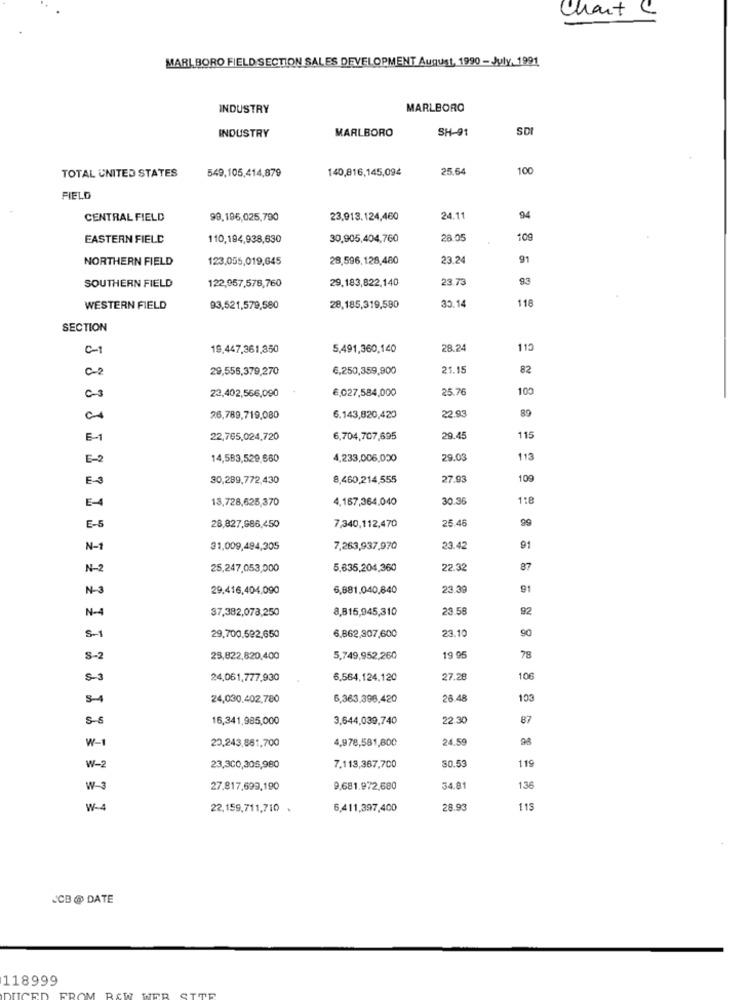
Chart
MARLBORO FIELD SECTION SALES DEVELOPMENT August, 1990 - July, 1991
INDUSTRY
MARLBORO
INDUSTRY
MARLBORO
SH-91
SDI
TOTAL UNITED STATES
140,816,145,09€
25.64
100
549,105,414,879
FIELD
CENTRAL FIELD
98.196,025,790
23,913.124,460
24.11
94
EASTERN FIELD
110,194,938,630
30,905,404,760
28.05
109
NORTHERN FIELD
123.055,019,645
28,596.128,480
23.24
91
SOUTHERN FIELD
122,957,578,760
29,183,822,140
23.73
35.14
118
WESTERN FIELD
93,521,579,580
28,185,319,580
SECTION
0-1
19,447,361,350
5,491,360,140
28.24
115
0-2
29,556,379,270
6,250,359,900
21.15
82
€,027,584,000
25.76
100
23,402,566,090
22.93
89
26,789,719,080
6.143,820,420
E-
22,765,024,720
6,704,707,695
29.45
115
E-
14,583,529,660
4,233,006,000
29.03
113
E-3
30,289,772,430
8,460,214,555
27.93
109
E-4
13,728,625,370
4,167,364,040
30.36
118
E-5
7,340,112,470
25.46
28,827,986,450
N-1
31,009,494,305
7,263,937,970
23.42
91
N-2
25,247,053,000
5.635,204,360
22.32
87
N-3
29.416,404,090
6,881.040,640
23.39
91
N-4
37,382,078,250
8,815,945,310
23.56
92
6,862,307,600
23.10
90
29.700.592,650
S-2
23,822,820,400
5,749,952,260
19 95
78
5- 3
24,061,777,930
6,564,124,120
27.28
106
S-4
24,030,402,780
6,363.398,420
26.48
103
5-6
16,341,985,000
3,644,039,740
22.30
87
W-
4,978,581,800
24.59
98
20,243,861,700
$0.53
119
W-2
23,300,305,980
7,113,367,700
136
W-
27.817,699,190
9,681.972,680
34.81
W-4
22,159,711,710 .
6,411,397,400
28.93
115
JCB @ DATE
118999
TICE